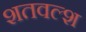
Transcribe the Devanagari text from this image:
शतवल्श